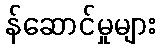
န်ဆောင်မှုများ